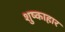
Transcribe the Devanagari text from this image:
शुष्काहार